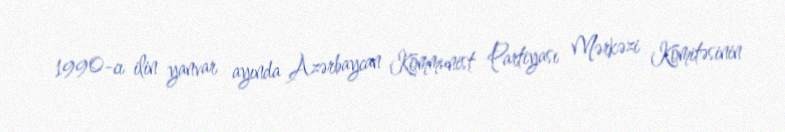
1990-cı ilin yanvar ayında Azərbaycan Kommunist Partiyası Mərkəzi Komitəsinin